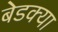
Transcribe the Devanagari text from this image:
बेडक्या